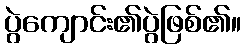
ပွဲကျောင်း၏ပွဲဖြစ်၏။